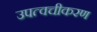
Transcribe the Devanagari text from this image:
उपत्वचीकरण